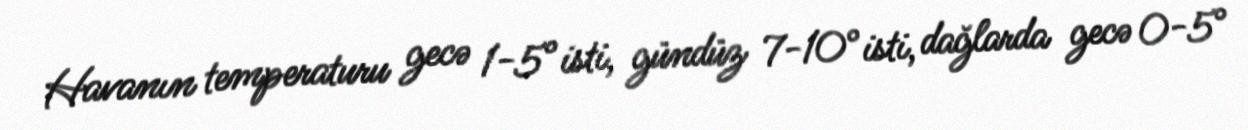
Havanın temperaturu gecə 1-5° isti, gündüz 7-10° isti, dağlarda gecə 0-5°